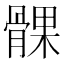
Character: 髁